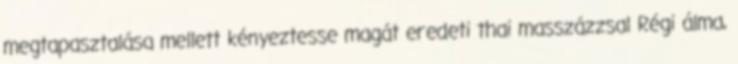
megtapasztalása mellett kényeztesse magát eredeti thai masszázzsal Régi álma,